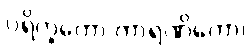
ပရိက္ခကော ကာရဏိကော၊